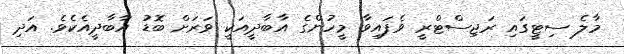
މާލެ ސިޓީގައި ރަޖިސްޓްރީ ވެފައިވާ މީހުންގެ އާބާދީއަކީ ވަރަށް ބޮޑު އާބާދީއެކެވެ. އަދި